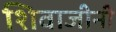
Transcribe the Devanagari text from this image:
शिवाजीनी